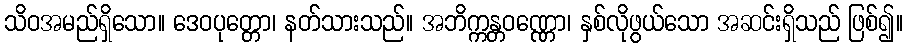
သိဝအမည်ရှိသော။ ဒေဝပုတ္တော၊ နတ်သားသည်။ အဘိက္ကန္တဝဏ္ဏော၊ နှစ်လိုဖွယ်သော အဆင်းရှိသည် ဖြစ်၍။